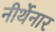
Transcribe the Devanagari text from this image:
नीर्थेनार